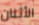
الأثنان